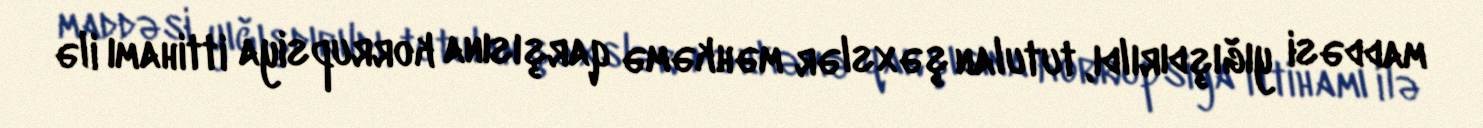
maddəsi yığışdırıldı, tutulan şəxslər məhkəmə qarşısına korrupsiya ittihamı ilə